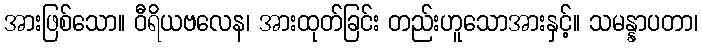
အားဖြစ်သော။ ဝီရိယဗလေန၊ အားထုတ်ခြင်း တည်းဟူသောအားနှင့်။ သမန္နာပတာ၊